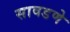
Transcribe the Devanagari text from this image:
सावडणे